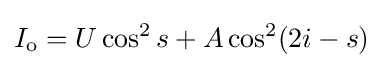
I_{\text{o}}=U\cos ^{2}s+A\cos ^{2}(2i-s)